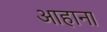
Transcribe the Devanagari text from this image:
आहाना